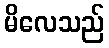
မိလေသည်